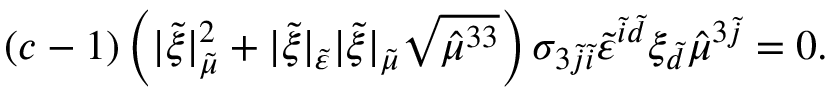
\left( c - 1 \right) \left( \lvert \tilde { \xi } \rvert _ { \tilde { \mu } } ^ { 2 } + \lvert \tilde { \xi } \rvert _ { \tilde { \varepsilon } } \lvert \tilde { \xi } \rvert _ { \tilde { \mu } } \sqrt { \hat { \mu } ^ { 3 3 } } \right) \sigma _ { 3 \tilde { j } \tilde { i } } \tilde { \varepsilon } ^ { \tilde { i } \tilde { d } } \xi _ { \tilde { d } } \hat { \mu } ^ { 3 \tilde { j } } = 0 .